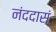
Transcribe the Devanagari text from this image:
नंददासं